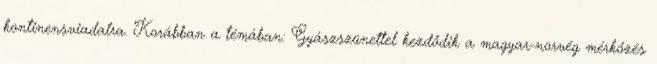
kontinensviadalra. Korábban a témában: Gyászszünettel kezdődik a magyar-norvég mérkőzés